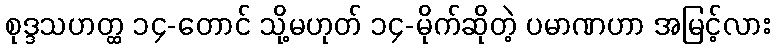
စုဒ္ဒသဟတ္ထ ၁၄-တောင် သို့မဟုတ် ၁၄-မိုက်ဆိုတဲ့ ပမာဏဟာ အမြင့်လား